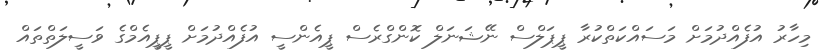
މިހާރު އުފެއްދުމަށް މަސައްކަތްކުރާ ޕީޕަލްސް ނޭޝަނަލް ކޮންގްރެސް ޕީއެންސީ އުފެއްދުމަށް ޕީޕީއެމްގެ ވަސީލަތްތައް